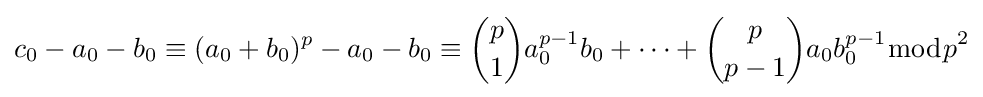
c_{0}-a_{0}-b_{0}\equiv (a_{0}+b_{0})^{p}-a_{0}-b_{0}\equiv {\binom {p}{1}}a_{0}^{p-1}b_{0}+\cdots +{\binom {p}{p-1}}a_{0}b_{0}^{p-1}{\bmod {p}}^{2}